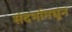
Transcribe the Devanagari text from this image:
संदर्भामधून